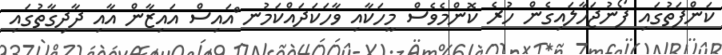
ކަންފަތުގައި ފޯނުޖަހާލައިގެން ހުރެ ކޮންމެވެސް މީހަކާއި ވާހަކަދައްކަމުނ ްއައިސް އައިޒާން އާއި ދާދިގާތުގައި